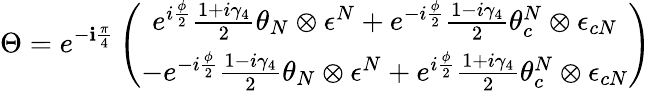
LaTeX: \Theta=e^{-\mathbf{i}\frac{{\pi}}{{4}}}\left(\begin{array}{c}{{e^{i\frac{\phi}{2}}\frac{1+i\gamma_{4}}{2}\theta_{N}\otimes\epsilon^{N}+e^{-i\frac{\phi}{2}}\frac{1-i\gamma_{4}}{2}\theta_{c}^{N}\otimes\epsilon_{cN}}}\\ {{-e^{-i\frac{\phi}{2}}\frac{1-i\gamma_{4}}{2}\theta_{N}\otimes\epsilon^{N}+e^{i\frac{\phi}{2}}\frac{1+i\gamma_{4}}{2}\theta_{c}^{N}\otimes\epsilon_{cN}}}\end{array}\right)